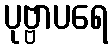
ပုဗ္ဗာပရေ